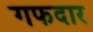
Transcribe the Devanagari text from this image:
गफदार